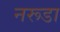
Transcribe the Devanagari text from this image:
नरूडा